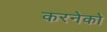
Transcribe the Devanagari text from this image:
करनेको